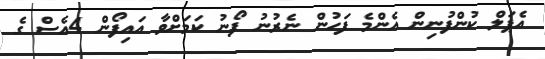
އެޕަލް ކުންފުނިން އެންމެ ފަހުން ނެރުނު ފޯނު ކަމަށްވާ އައިފޯން 4އެސް ގެ